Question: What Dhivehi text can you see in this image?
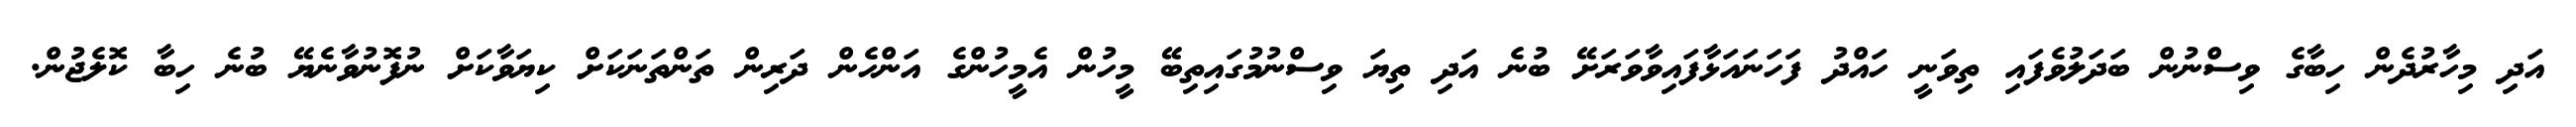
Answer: އަދި މިހާރުދެން ހިބާގެ ވިސްނުން ބަދަލުވެފައި ތިވަނީ ހައްދު ފަހަނައަޅާފައިވާވަރަށޭ ބުނެ އަދި ތިޔަ ވިސްނުމުގައިތިބޭ މީހުން އެމީހުންގެ އަންހެން ދަރިން ތަންތަނަކަށް ކިޔަވާކަށް ނުފޮނުވާނެޔޭ ބުނެ ހިބާ ކޮލެޖުން.